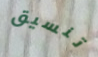
تنسيق